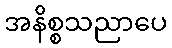
အနိစ္စသညာပေ